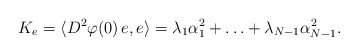
\begin{align*}K_e=\langle D^2\varphi(0)\,e,e\rangle=\lambda_1\alpha_1^2+\ldots+\lambda_{N-1}\alpha_{N-1}^2.\end{align*}